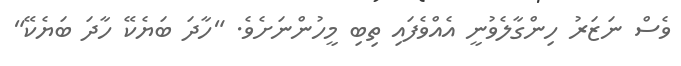
ވެސް ނަޒަރު ހިންގާލެވުނީ އެއްވެފައި ތިބި މީހުންނަށެވެ. "ހާދަ ބަޔެކޭ ހާދަ ބަޔެކޭ"